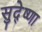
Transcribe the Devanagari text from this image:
सुदे्ष्णा